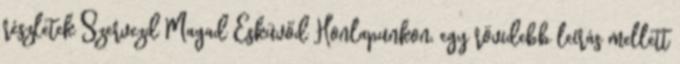
részletek Szervezd Magad Esküvőd Honlapunkon, egy rövidebb leírás mellett